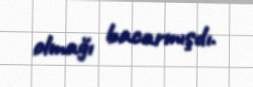
olmağı bacarmışdı.